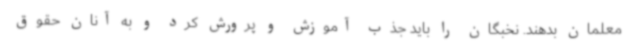
معلمان بدهند. نخبگان را باید جذب آموزش و پرورش کرد و به آنان حقوق